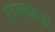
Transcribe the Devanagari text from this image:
प्राण्यांवरही